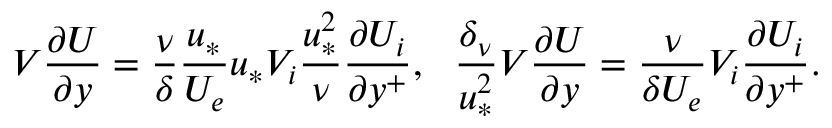
V \frac { \partial U } { \partial y } = \frac { \nu } { \delta } \frac { u _ { * } } { U _ { e } } u _ { * } V _ { i } \frac { u _ { * } ^ { 2 } } { \nu } \frac { \partial U _ { i } } { \partial y ^ { + } } , \ \ \frac { \delta _ { \nu } } { u _ { * } ^ { 2 } } V \frac { \partial U } { \partial y } = \frac { \nu } { \delta U _ { e } } V _ { i } \frac { \partial U _ { i } } { \partial y ^ { + } } .